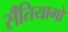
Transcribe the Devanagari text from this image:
सॅंतियागो